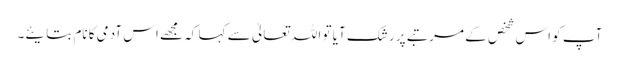
آپ کو اس شخص کے مرتبے پر رشک آیا تو اللہ تعالیٰ سے کہا کہ مجھے اس آدمی کا نام بتایئے۔